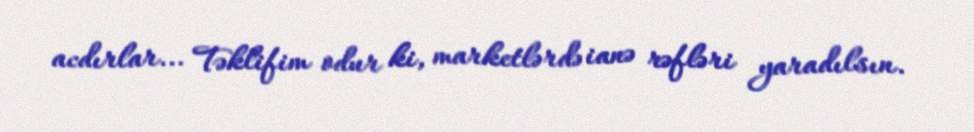
acdırlar... Təklifim odur ki, marketlərdə ianə rəfləri yaradılsın.